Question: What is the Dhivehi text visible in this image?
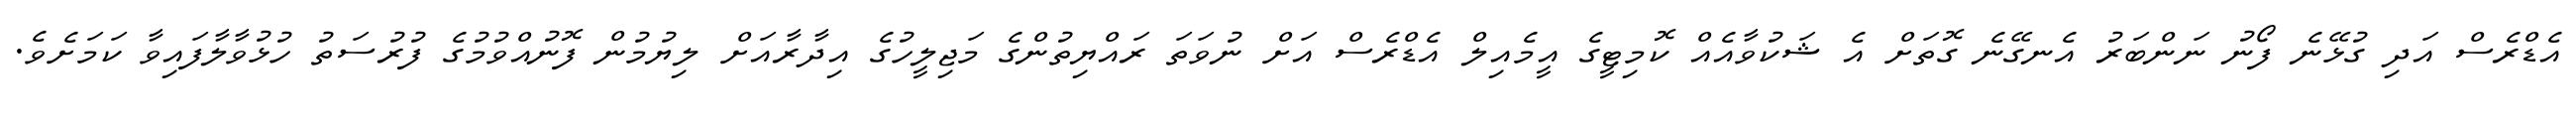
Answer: އެޑްރެސް އަދި ގުޅޭނެ ފޯނު ނަންބަރު އެނގޭނެ ގޮތަށް އެ ޝަކުވާއެއް ކޮމިޓީގެ އީމެއިލް އެޑްރެސް އަށް ނުވަތަ ރައްޔިތުންގެ މަޖިލީހުގެ އިދާރާއަށް ލިޔުމުން ފޮނުއްވުމުގެ ފުރުސަތު ހުޅުވާލާފައިވާ ކަމަށެވެ.